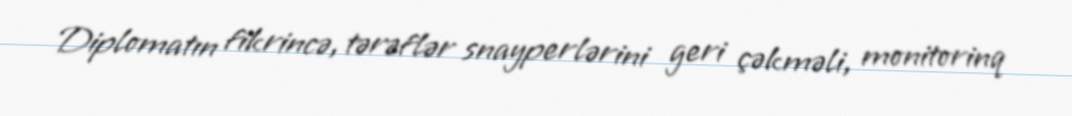
Diplomatın fikrincə, tərəflər snayperlərini geri çəkməli, monitorinq